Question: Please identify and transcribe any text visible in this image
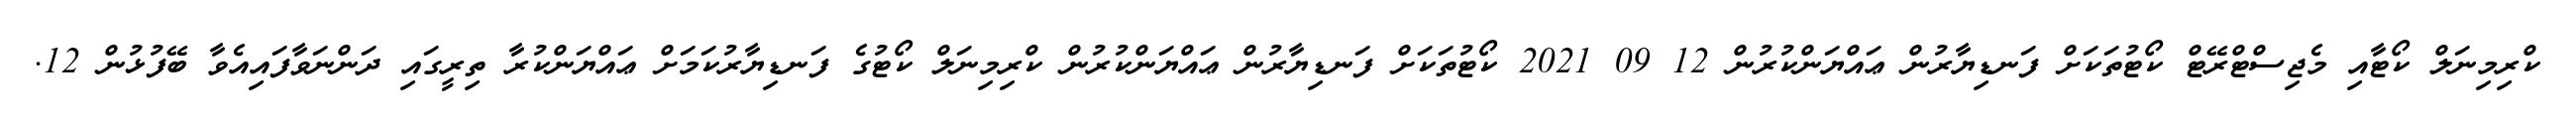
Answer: ކްރިމިނަލް ކޯޓާއި މެޖިސްޓްރޭޓް ކޯޓުތަކަށް ފަނޑިޔާރުން ޢައްޔަންކުރުން 12 09 2021 ކޯޓުތަކަށް ފަނޑިޔާރުން ޢައްޔަންކުރުން ކްރިމިނަލް ކޯޓުގެ ފަނޑިޔާރުކަމަށް ޢައްޔަންކުރާ ތިރީގައި ދަންނަވާފައިއެވާ ބޭފުޅުން 12.